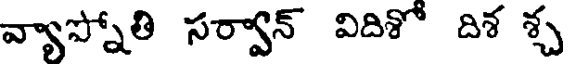
వ్యాప్నోతి సర్వాన్ విదిశో దిశ శ్చ